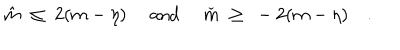
LaTeX: \hat { m } \ \leq \ 2 ( m - \eta ) \quad \mathrm { ~ a n d ~ } \quad \check { m } \ \geq \ - 2 ( m - \eta ) \quad .